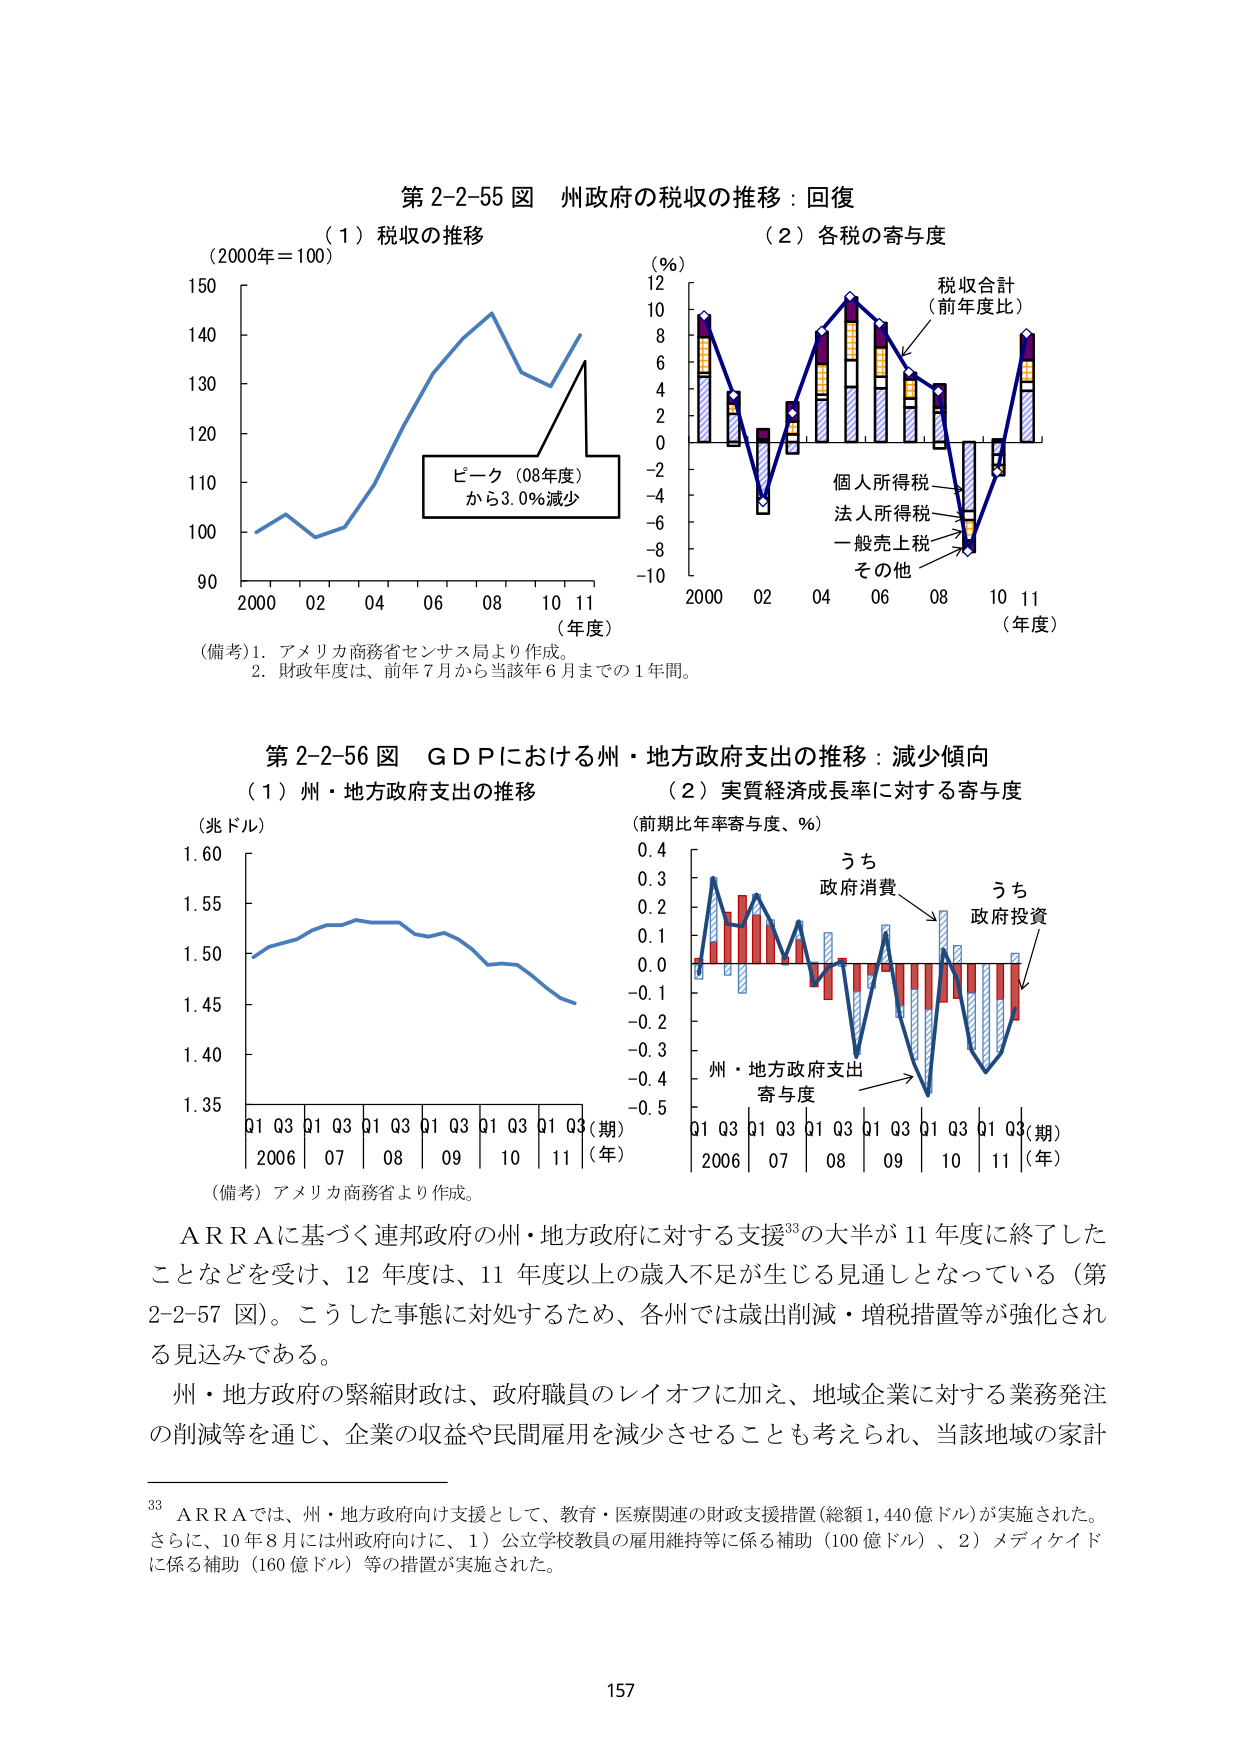
第2-2-55図 州政府の税収の推移：回復

（1）税収の推移
（2000年＝100）
150
140
130
120
110
100
90
2000 02 04 06 08 10 11
（年度）
ピーク（08年度）
から3.0％減少

（2）各税の寄与度
（％）
12
10
8
6
4
2
0
-2
-4
-6
-8
-10
2000 02 04 06 08 10 11
（年度）
税収合計
（前年度比）
個人所得税
法人所得税
一般売上税
その他

（備考）1．アメリカ商務省センサス局より作成。
2．財政年度は、前年7月から当該年6月までの1年間。

第2-2-56図 ＧＤＰにおける州・地方政府支出の推移：減少傾向

（1）州・地方政府支出の推移
（兆ドル）
1.60
1.55
1.50
1.45
1.40
1.35
Q1 Q3 Q1 Q3 Q1 Q3 Q1 Q3 Q1 Q3 Q1 Q3
2006 07 08 09 10 11
（期）
（年）

（2）実質経済成長率に対する寄与度
（前期比年率寄与度、％）
0.4
0.3
0.2
0.1
0.0
-0.1
-0.2
-0.3
-0.4
-0.5
Q1 Q3 Q1 Q3 Q1 Q3 Q1 Q3 Q1 Q3 Q1 Q3
2006 07 08 09 10 11
（期）
（年）
うち
政府消費
うち
政府投資
州・地方政府支出
寄与度

（備考）アメリカ商務省より作成。

ＡＲＲＡに基づく連邦政府の州・地方政府に対する支援³³の大半が11年度に終了したことなどを受け、12年度は、11年度以上の歳入不足が生じる見通しとなっている（第2-2-57図）。こうした事態に対処するため、各州では歳出削減・増税措置等が強化される見込みである。

州・地方政府の緊縮財政は、政府職員のレイオフに加え、地域企業に対する業務発注の削減等を通じ、企業の収益や民間雇用を減少させることも考えられ、当該地域の家計

³³ ＡＲＲＡでは、州・地方政府向け支援として、教育・医療関連の財政支援措置（総額1,440億ドル）が実施された。さらに、10年8月には州政府向けに、1）公立学校教員の雇用維持等に係る補助（100億ドル）、2）メディケイドに係る補助（160億ドル）等の措置が実施された。

157